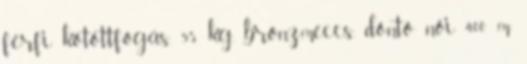
férfi kötöttfogás, 55 kg, bronzmeccs, döntő női 400 m